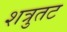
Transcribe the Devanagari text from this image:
शत्रुतट